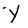
Character: Y